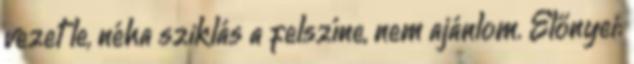
vezet le, néha sziklás a felszíne, nem ajánlom. Előnyei: